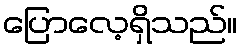
ပြောလေ့ရှိသည်။